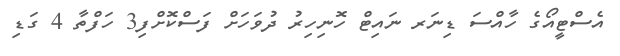
އެސްޓީއޯގެ ހާއްސަ ޑިނަރ ނައިޓް ހޮނިހިރު ދުވަހަށް ފަސްކޮށްފި3 ހަފްތާ 4 ގަޑި